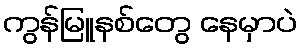
ကွန်မြူနစ်တွေ နေမှာပဲ